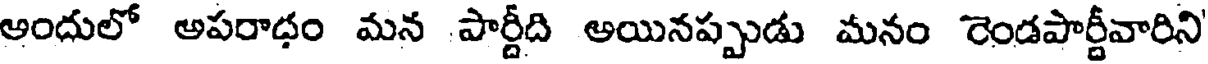
అందులో అపరాధం మన పార్టీది అయినప్పుడు మనం రెండపార్టీవారిని